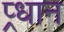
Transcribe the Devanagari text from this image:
प्र्धान